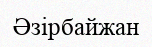
Әзірбайжан